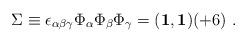
LaTeX: \begin{align*}\Sigma\equiv\epsilon_{\alpha\beta\gamma}\Phi_\alpha\Phi_\beta\Phi_\gamma= ({\bf 1},{\bf 1})(+6)~.\end{align*}